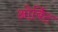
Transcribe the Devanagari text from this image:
ओर्बिट